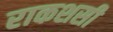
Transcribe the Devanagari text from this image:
राकशसी